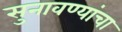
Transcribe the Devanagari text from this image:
सुनावण्यांचा